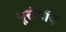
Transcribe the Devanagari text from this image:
यूरोपॉप